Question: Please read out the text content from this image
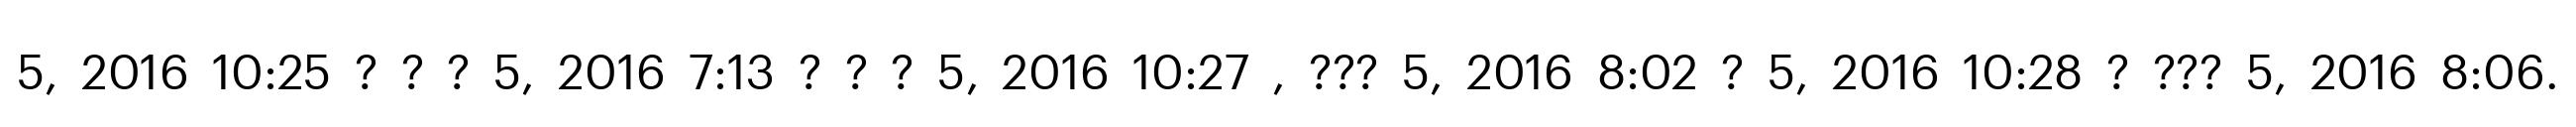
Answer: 5, 2016 10:25 ? ? ? 5, 2016 7:13 ? ? ? 5, 2016 10:27 , ??? 5, 2016 8:02 ? 5, 2016 10:28 ? ??? 5, 2016 8:06.